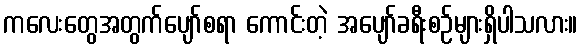
ကလေးတွေအတွက်ပျော်စရာ ကောင်းတဲ့ အပျော်ခရီးစဉ်များရှိပါသလား။